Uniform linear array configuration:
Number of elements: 16
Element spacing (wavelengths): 0.25
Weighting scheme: cosine
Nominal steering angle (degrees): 45
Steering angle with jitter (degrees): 44.866
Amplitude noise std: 0.05
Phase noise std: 0.05

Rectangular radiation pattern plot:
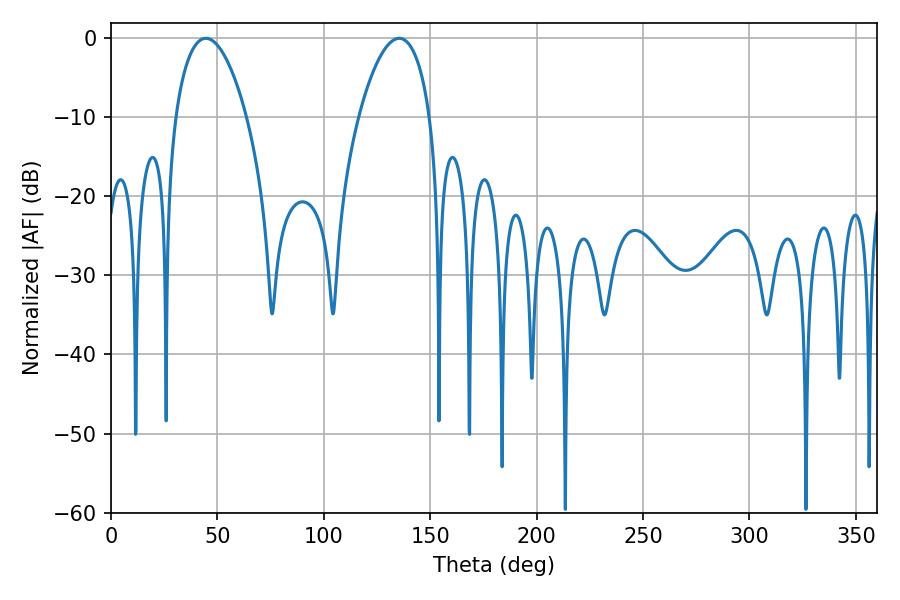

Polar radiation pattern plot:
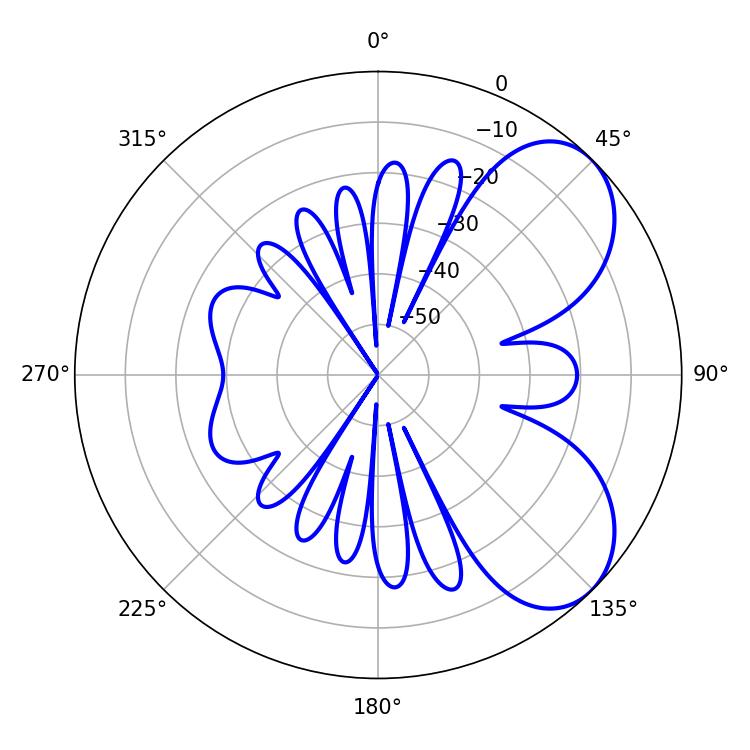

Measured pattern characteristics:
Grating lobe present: FALSE
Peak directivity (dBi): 6.076
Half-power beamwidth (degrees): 18.72
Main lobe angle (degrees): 44.64